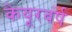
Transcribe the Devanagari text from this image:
केयूरवंर्ष